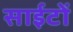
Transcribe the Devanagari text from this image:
साईटों